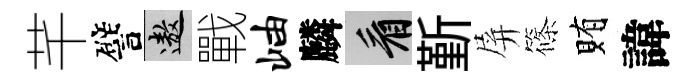
芊譬遨戰岫麟看斳屏篠賄諱